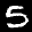
Label: 5